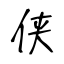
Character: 侠